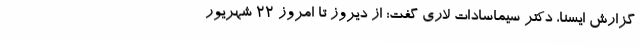
گزارش ایسنا، دکتر سیماسادات لاری گفت: از دیروز تا امروز 22 شهریور